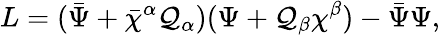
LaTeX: L=({\bar{\Psi}}+{\bar{\chi}}{}^{\alpha}{\cal Q}_{\alpha})(\Psi+{\cal Q}_{\beta}\chi^{\beta})-{\bar{\Psi}}\Psi,